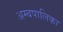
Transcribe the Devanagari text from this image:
अम्बपालिका